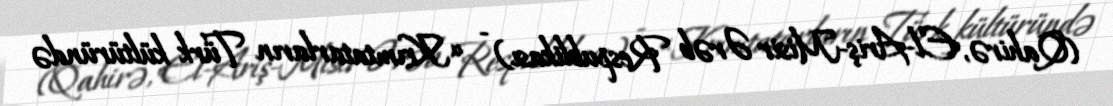
(Qahirə, El-Ariş-Misir Ərəb Respublikası) - «Krımtatarların Türk kültüründə